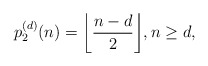
\begin{align*}p_2^{(d)}(n)= \bigg \lfloor \frac{n-d}{2} \bigg \rfloor, n\ge d,\end{align*}